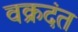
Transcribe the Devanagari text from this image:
वक्रदंत